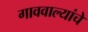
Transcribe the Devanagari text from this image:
गाववाल्यांचे